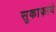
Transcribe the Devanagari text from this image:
सुकाफाचे